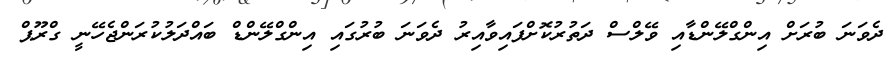
ދެވަނަ ބުރަށް އިންގްލޭންޑާއި ވޭލްސް ދަތުރުކޮށްފައިވާއިރު ދެވަނަ ބުރުގައި އިންގްލޭންޑް ބައްދަލުކުރަންޖެހޭނީ ގްރޫޕް